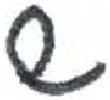
אות: ש